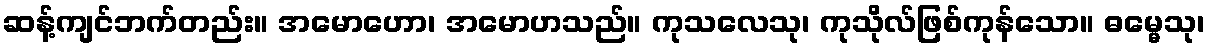
ဆန့်ကျင်ဘက်တည်း။ အမောဟော၊ အမောဟသည်။ ကုသလေသု၊ ကုသိုလ်ဖြစ်ကုန်သော။ ဓမ္မေသု၊